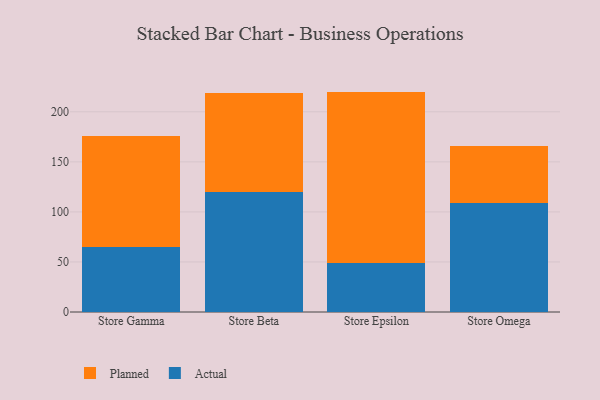
{"axis": {"x": "Store", "y": "Tickets Resolved"}, "legend": ["Actual", "Planned"], "data": [{"x": "Store Gamma", "y": 65.4, "type": "Actual"}, {"x": "Store Gamma", "y": 110.2, "type": "Planned"}, {"x": "Store Beta", "y": 119.6, "type": "Actual"}, {"x": "Store Beta", "y": 99.7, "type": "Planned"}, {"x": "Store Epsilon", "y": 48.9, "type": "Actual"}, {"x": "Store Epsilon", "y": 171.3, "type": "Planned"}, {"x": "Store Omega", "y": 109.0, "type": "Actual"}, {"x": "Store Omega", "y": 57.1, "type": "Planned"}]}